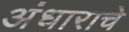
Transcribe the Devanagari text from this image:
अंधाराचे